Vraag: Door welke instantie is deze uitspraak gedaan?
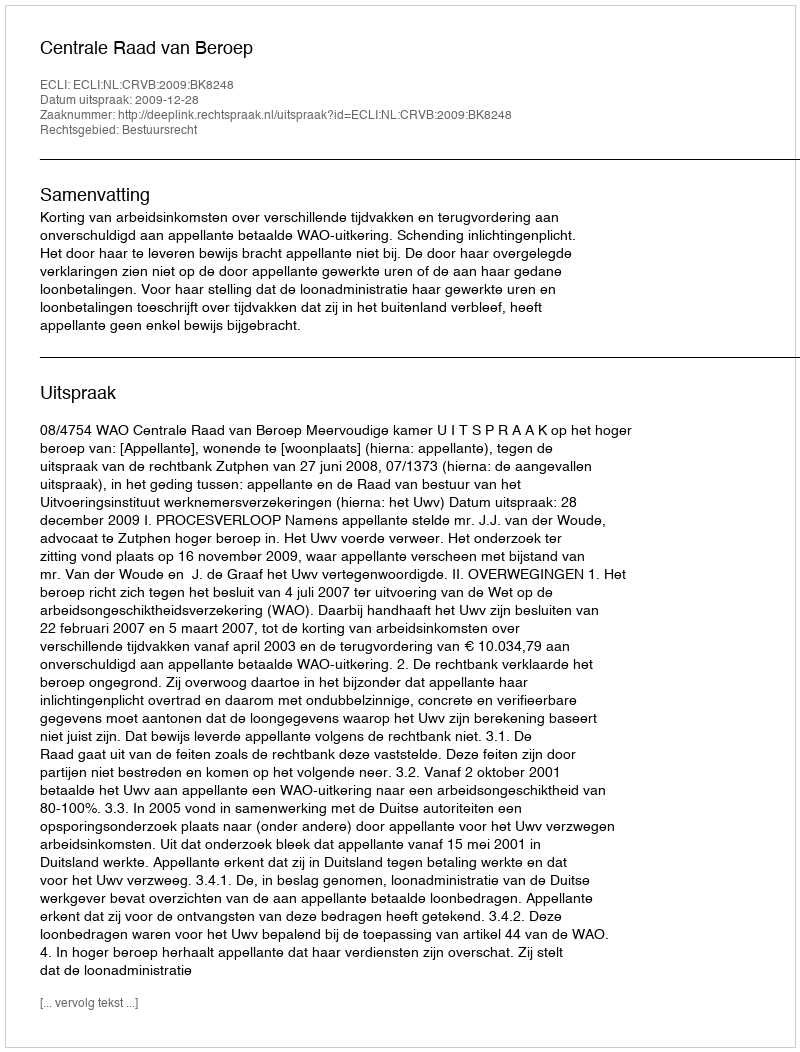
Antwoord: Centrale Raad van Beroep